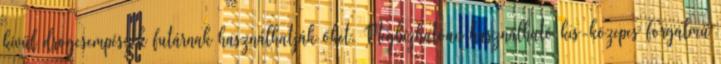
kívül drogcsempészek futárnak használhatják őket. Megbízhatóan használható kis-közepes forgalmú